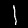
Label: 1